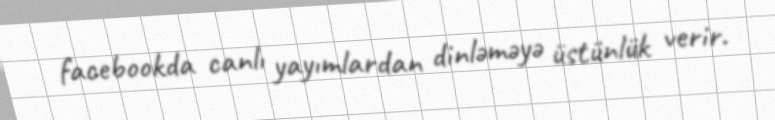
facebookda canlı yayımlardan dinləməyə üstünlük verir.